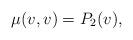
LaTeX: \begin{align*} \mu(v,v)=P_2(v),\end{align*}